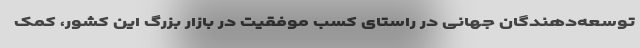
توسعه‌دهندگان جهانی در راستای کسب موفقیت در بازار بزرگ این کشور، کمک